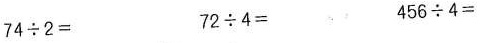
$$74\div2＝$$ $$72\div4＝$$ $$456\div4＝$$